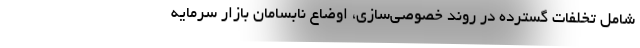
شامل تخلفات گسترده در روند خصوصی‌سازی، اوضاع نابسامان بازار سرمایه